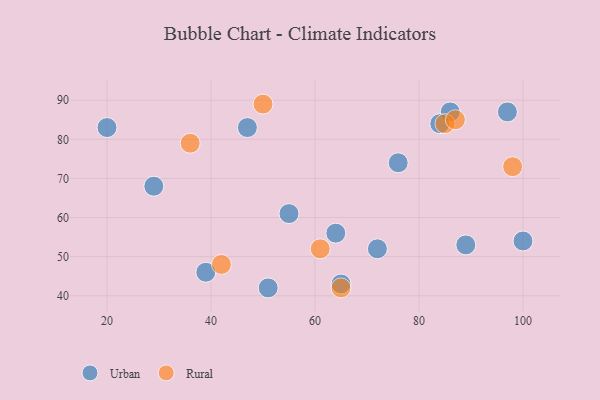
{"axis": {"x": "GDP", "y": "Life Expectancy"}, "legend": ["Rural", "Urban"], "data": [{"x": "20", "y": 83, "type": "Urban"}, {"x": "72", "y": 52, "type": "Urban"}, {"x": "51", "y": 42, "type": "Urban"}, {"x": "47", "y": 83, "type": "Urban"}, {"x": "89", "y": 53, "type": "Urban"}, {"x": "86", "y": 87, "type": "Urban"}, {"x": "55", "y": 61, "type": "Urban"}, {"x": "76", "y": 74, "type": "Urban"}, {"x": "100", "y": 54, "type": "Urban"}, {"x": "39", "y": 46, "type": "Urban"}, {"x": "65", "y": 43, "type": "Urban"}, {"x": "29", "y": 68, "type": "Urban"}, {"x": "64", "y": 56, "type": "Urban"}, {"x": "84", "y": 84, "type": "Urban"}, {"x": "97", "y": 87, "type": "Urban"}, {"x": "50", "y": 89, "type": "Rural"}, {"x": "42", "y": 48, "type": "Rural"}, {"x": "85", "y": 84, "type": "Rural"}, {"x": "61", "y": 52, "type": "Rural"}, {"x": "87", "y": 85, "type": "Rural"}, {"x": "65", "y": 42, "type": "Rural"}, {"x": "98", "y": 73, "type": "Rural"}, {"x": "36", "y": 79, "type": "Rural"}]}